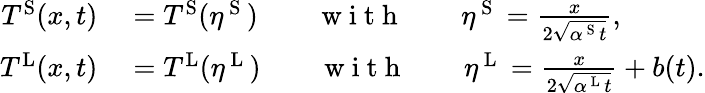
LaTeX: \begin{array}{rl}{T^{\mathrm{S}}(x,t)}&{{}=T^{\mathrm{S}}(\eta^{\mathrm{~S~}})\qquad\mathrm{~w~i~t~h~}\qquad\eta^{\mathrm{~S~}}=\frac{x}{2\sqrt{\alpha^{\mathrm{~S~}}t}},}\\ {T^{\mathrm{L}}(x,t)}&{{}=T^{\mathrm{L}}(\eta^{\mathrm{~L~}})\qquad\mathrm{~w~i~t~h~}\qquad\eta^{\mathrm{~L~}}=\frac{x}{2\sqrt{\alpha^{\mathrm{~L~}}t}}+b(t).}\end{array}